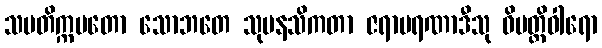
သမတိက္ကမတော သောဘတေ သုမနသိကတာ ဇရာမရဏာဒီသု ဝိပတ္တိဝါရော